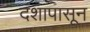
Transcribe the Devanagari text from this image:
दंशापासून